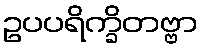
ဥပပရိက္ခိတဗ္ဗာ